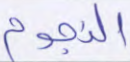
النجوم